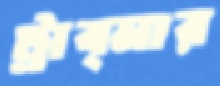
ট্রাব্নার